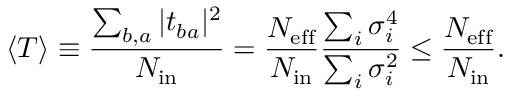
\langle T \rangle \equiv \frac { \sum _ { b , a } | t _ { b a } | ^ { 2 } } { N _ { \mathrm { i n } } } = \frac { N _ { \mathrm { e f f } } } { N _ { \mathrm { i n } } } \frac { \sum _ { i } \sigma _ { i } ^ { 4 } } { \sum _ { i } \sigma _ { i } ^ { 2 } } \leq \frac { N _ { \mathrm { e f f } } } { N _ { \mathrm { i n } } } .